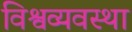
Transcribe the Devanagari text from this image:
विश्वव्यवस्था